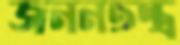
জননতন্ত্র